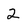
Character: 2